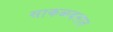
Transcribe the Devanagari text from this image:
साकळवतात